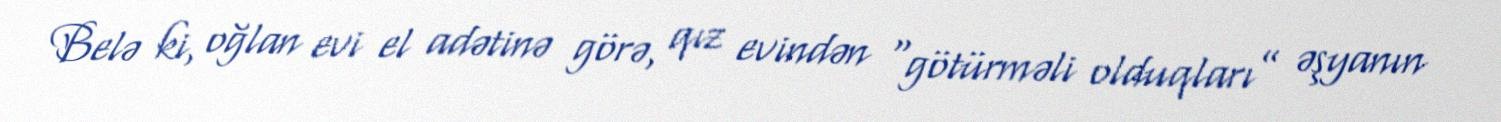
Belə ki, oğlan evi el adətinə görə, qız evindən “götürməli olduqları” əşyanın